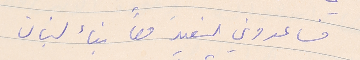
فساعدوني لنعيد معاً بنأ لبنان